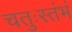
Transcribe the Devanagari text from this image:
चतुःस्तंभं